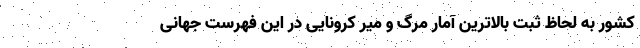
کشور به لحاظ ثبت بالاترین آمار مرگ و میر کرونایی در این فهرست جهانی